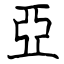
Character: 亞